Dysentery and liver abscess in Bombay - Number 47
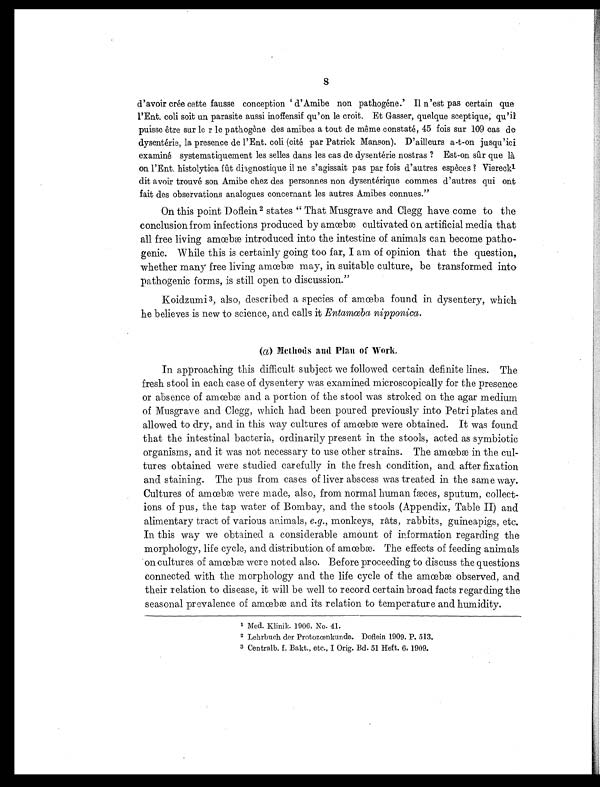
8
d ' a v o i r c r e e c e t t e f a u s s e c o n c e p t i o n d ' A m i b e n o n p a t h o g e n e . ' I I n ' e s t p a s c e r t a i n q u e
I'Ent. coli soit un parasite aussi inoffensif qu'on le croit. Et Gasser, quelque sceptique, qu'il
p u i s s e ê t r e s u r l e r l e p a t h o g è n e d e s a m i b e s a t o u t d e m ê m e c o n s t a t é , 4 5 f o i s s u r 1 0 9 c a s d e
d y s e n t é r i e , l a p r e s e n c e d e I ' E n t . c o l i ( c i t é p a r P a t r i c k M a n s o n ) . D ' a i l l e u r s a - t - o n j u s q u ' i c i
e x a m i n é s y s t e m a t i q u e m e n t l e s s e l l e s d a n s l e s c a s d e d y s e n t é r i e n o s t r a s ? E s t - o n s û r q u e l à
on I'Ent. histolytica fût diagnostique iI ne s'agissait pas par fois d'autres espèces ? Viereck
l d i t a v o i r t r o u v é s o n A m i b e c h e z d e s p e r s o n n e s n o n d y s e n t é r i q u e c o m m e s d ' a u t r e s q u i o n t
fait des observations analogues concernant les autres Amibes connues."
On this point Dofiein 2 states " That Musgrave and Clegg have come to the.
concl usi on f rom i nf ect i ons produced by amœbæ cul t i vat ed on art i f i ci al medi a t hat
all free living amœbæ introduced into the intestine of animals can become patho
- g e n i c . W h i l e t h i s i s c e r t a i n l y g o i n g t o o f a r , I a m o f o p i n i o n t h a t t h e q u e s t i o n ,
whet her many f r ee l i vi ng amœbæ may, i n sui t abl e cul t ur e, be t r ansf or med i nt o
pathogenic forms, is still open to discussion."
Koidzurni 3, also, described a species of amœbæ found in dysentery, which
he believes is new to science, and calls it Entamœba nipponica.
(a) Methods and Plan of Work.
In approaching this difficult subject we followed certain definite lines. The
fresh stool in each case of dysentery was examined microscopically for the presence
o r a b s e n c e o f a mœb æ a n d a p o r t i o n o f t h e s t o o l w a s s t r o k e d o n t h e a g a r me d i u m
of Musgrave and Clegg, which had been poured previously into Petri plates and
al l owed t o dry, and i n t hi s way cul t ures of amœbæ were obt ai ned. I t was f ound
that the intestinal bacteria, ordinarily present in the stools, acted as symbiotic
organisms, and it was not necessary to use other strains. The amœbæ in the cul
-tures obtained were studied carefully in the fresh condition, and after fixation
and staining. The pus from cases of liver abscess was treated in the same way.
Cultures of amœbæ were made, also, from normal human fæces, sputum, collect
-ions of pus, the tap water of Bombay, and the stools (Appendix, Table II) and
alimentary tract of various animals, e.g., monkeys, rats, rabbits, guineapigs, etc.
In this way we obtained a considerable amount of information regarding the
morphol ogy, l i f e cycl e, and di st ri but i on of amœbæ. The ef f ect s of f eedi ng ani mal s
o n c u l t u r e s o f a m œb æ w e r e n o t e d a l s o . B e f o r e p r o c e e d i n g t o d i s c u s s t h e q u e s t i o n s
connected with the morphology and the life cycle of the amœbæ observed, and
their relation to disease, it will be well to record certain broad facts regarding the
seasonal prevalence of amœbæ and its relation to temperature and humidity.
1. Med. Klinik. 1906, No. 41.
2 Lehrbuch der Protozœnkunde. Dofl ei n 1909. P. 513.
3 Cent r al b. f . Bakt . , et c. , I Or i g. Bd. 51 Hef t . 6, 1909.